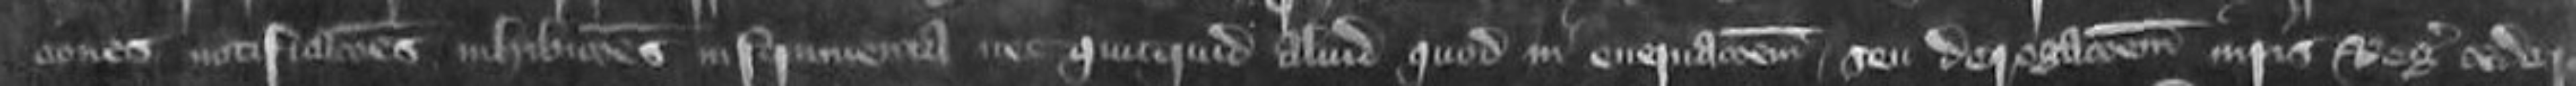
tiones notificationes inhibitiones instrumenta nex quicquid aliud quod in enervationem seu derogationem iuris Regis cedere